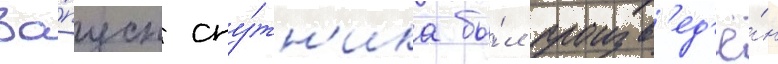
За́пуск спу́тн'ика бы́л произв'ед'ё́н